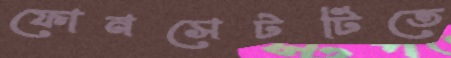
ফোনসেটটিতে